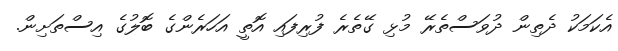
އެކަމަކު ދެތިން ދުވަސްތެރޭ މުޅި ގޭތެރެ ފުރިފައި އޮތީ އަހަރެންގެ ބޮލުގެ އިސްތަށިން.